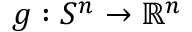
g : S ^ { n } \to { \mathbb { R } } ^ { n }